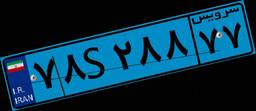
۲۳S۵۱۲۶۹